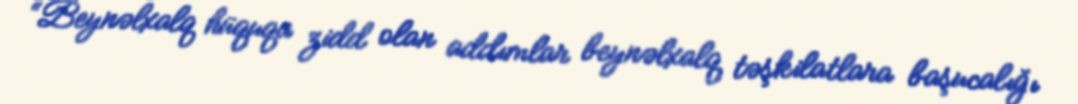
“Beynəlxalq hüquqa zidd olan addımlar beynəlxalq təşkilatlara başucalığı